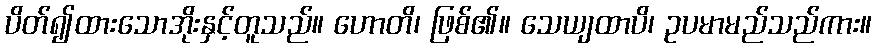
ပိတ်၍ထားသောအိုးနှင့်တူသည်။ ဟောတိ၊ ဖြစ်၏။ သေယျထာပိ၊ ဥပမာမည်သည်ကား။